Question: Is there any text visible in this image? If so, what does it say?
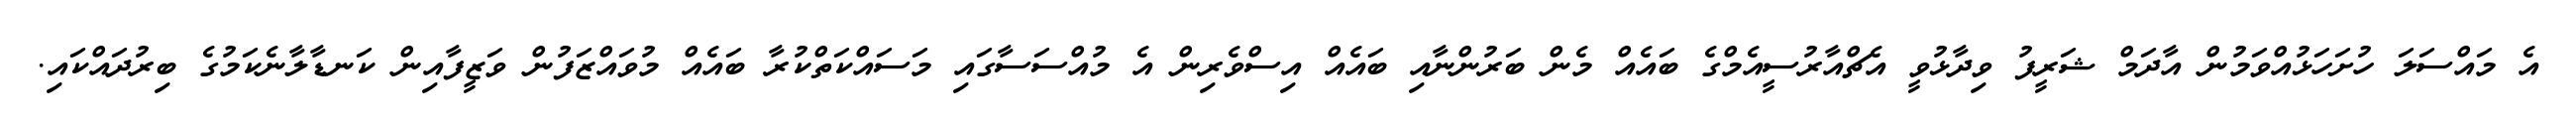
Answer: އެ މައްސަލަ ހުށަހަޅުއްވަމުން އާދަމް ޝަރީފު ވިދާޅުވީ އެޗްއާރުސީއެމްގެ ބައެއް މެން ބަރުންނާއި ބައެއް އިސްވެރިން އެ މުއްސަސާގައި މަސައްކަތްކުރާ ބައެއް މުވައްޒަފުން ވަޒީފާއިން ކަނޑާލާނެކަމުގެ ބިރުދައްކައި.